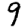
Digit: 9